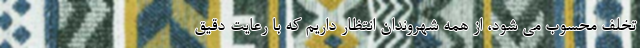
تخلف محسوب می شود، از همه شهروندان انتظار داریم که با رعایت دقیق